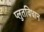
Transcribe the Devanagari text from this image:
प्लुतविधान